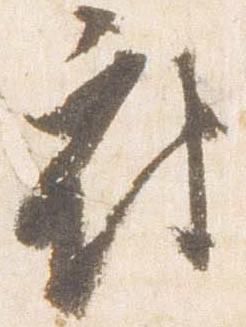
府